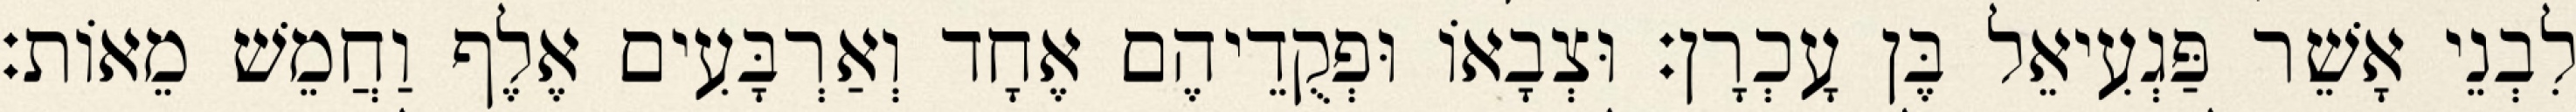
לִבְנֵי אָשֵׁר פַּגְעִיאֵל בֶּן עָכְרָן׃ וּצְבָאוֹ וּפְקֻדֵיהֶם אֶחָד וְאַרְבָּעִים אֶלֶף וַחֲמֵשׁ מֵאוֹת׃